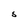
Character: S